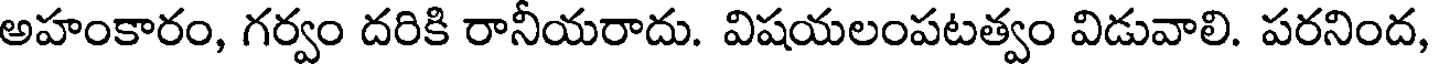
అహంకారం, గర్వం దరికి రానీయరాదు. విషయలంపటత్వం విడువాలి. పరనింద,